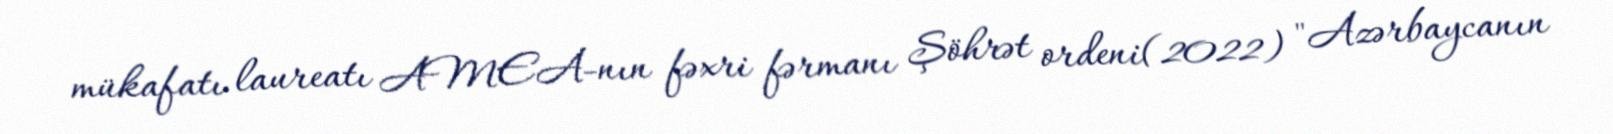
mükafatı laureatı AMEA-nın fəxri fərmanı Şöhrət ordeni(2022) "Azərbaycanın